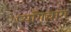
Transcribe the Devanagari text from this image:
प्याँगचांग